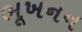
ભૂખનન